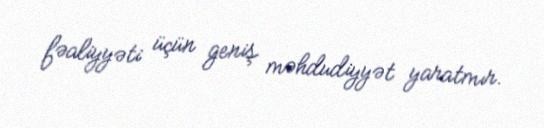
fəaliyyəti üçün geniş məhdudiyyət yaratmır.